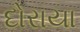
દોરાયા